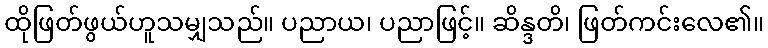
ထိုဖြတ်ဖွယ်ဟူသမျှသည်။ ပညာယ၊ ပညာဖြင့်။ ဆိန္ဒတိ၊ ဖြတ်ကင်းလေ၏။